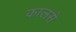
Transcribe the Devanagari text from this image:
कालसे